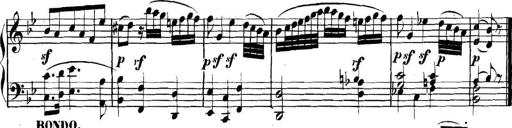
Title: Collected Piano Sonatas
Composer: Muzio Clementi